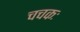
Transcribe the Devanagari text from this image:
चचकः